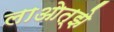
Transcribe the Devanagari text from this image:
लाओत्झे